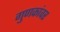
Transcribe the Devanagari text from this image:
गुणकांवर